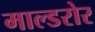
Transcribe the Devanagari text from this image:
माल्डरोर